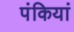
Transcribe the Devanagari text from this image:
पंकियां